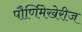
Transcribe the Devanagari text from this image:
पौर्णिमेखेरीज